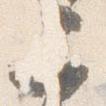
二